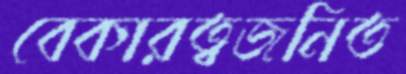
বেকারত্বজনিত